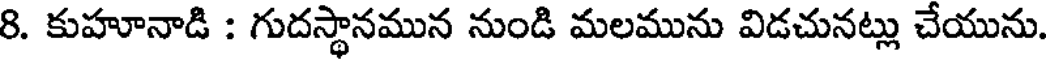
8. కుహూనాడి : గుదస్థానమున నుండి మలమును విడచునట్లు చేయును.